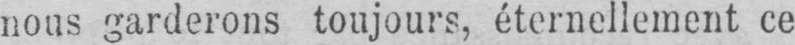
nous garderons toujours, éternellement ce